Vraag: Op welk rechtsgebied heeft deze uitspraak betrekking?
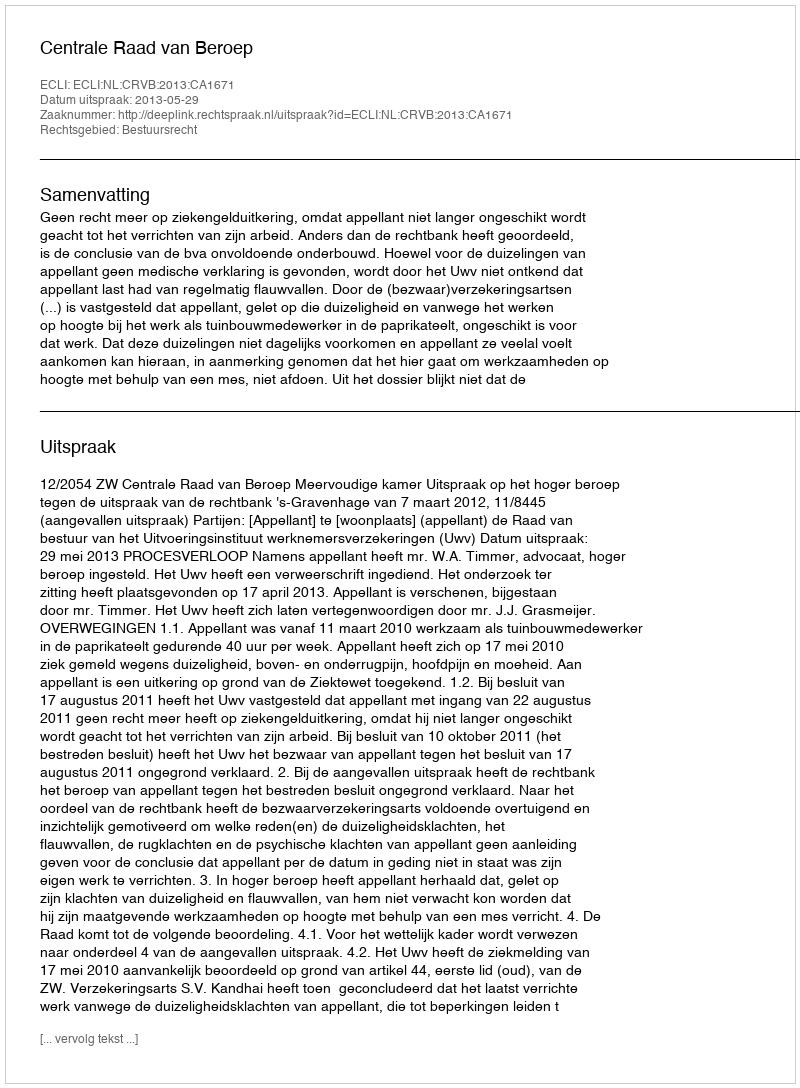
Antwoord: Bestuursrecht